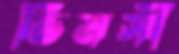
ভিমসী